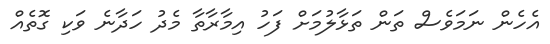
އެހެން ނަމަވެސް ތަން ތަޅާލުމަށް ފަހު އިމާރާތާ މެދު ހަދާނެ ވަކި ގޮތެއް